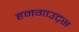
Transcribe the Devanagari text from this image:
हनगाउट्स